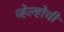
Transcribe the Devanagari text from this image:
व्हेल्होची